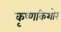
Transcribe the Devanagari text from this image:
कृष्णकिशोर